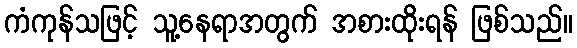
ကံကုန်သဖြင့် သူ့နေရာအတွက် အစားထိုးရန် ဖြစ်သည်။